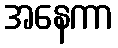
အနေကာ